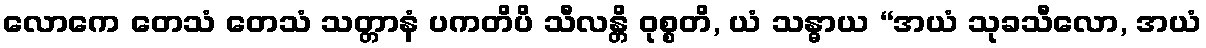
လောကေ တေသံ တေသံ သတ္တာနံ ပကတိပိ သီလန္တိ ဝုစ္စတိ, ယံ သန္ဓာယ “အယံ သုခသီလော, အယံ